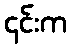
၄င်းက